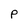
Character: P